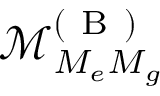
\mathcal { M } _ { M _ { e } M _ { g } } ^ { ( \mathrm { ~ B ~ } ) }